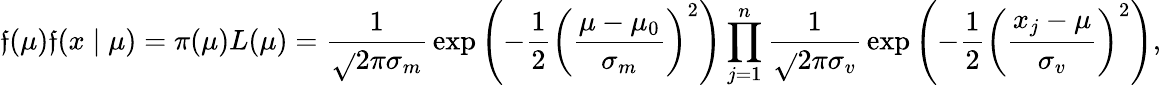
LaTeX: \mathfrak{f}(\mu)\mathfrak{f}(x\mid\mu)=\pi(\mu)L(\mu)={\frac{{1}}{{{\sqrt{}{{2\pi}}}\sigma_{m}}}}\exp\left(-{\frac{{1}}{{2}}}\left({\frac{{\mu-\mu_{0}}}{{\sigma_{m}}}}\right)^{2}\right)\prod_{j=1}^{n}{\frac{{1}}{{{\sqrt{}{{2\pi}}}\sigma_{v}}}}\exp\left(-{\frac{{1}}{{2}}}\left({\frac{{x_{j}-\mu}}{{\sigma_{v}}}}\right)^{2}\right),